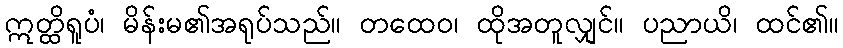
ဣတ္ထိရူပံ၊ မိန်းမ၏အရုပ်သည်။ တထေဝ၊ ထိုအတူလျှင်။ ပညာယိ၊ ထင်၏။